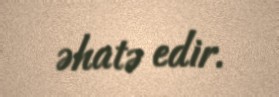
əhatə edir.